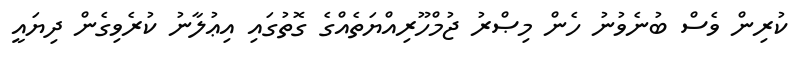
ކުރިން ވެސް ބުނެވުނު ހެން މިޞްރު ޖުމްހޫރިއްޔަތެއްގެ ގޮތުގައި އިޢުލާނު ކުރެވިގެން ދިޔައީ